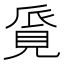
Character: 𧠨